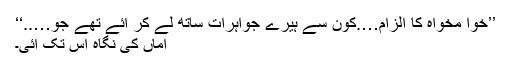
’’خوا مخواہ کا الزام….کون سے ہیرے جواہرات ساتھ لے کر آئے تھے جو…..‘‘
اماں کی نگاہ اس تک آئی۔